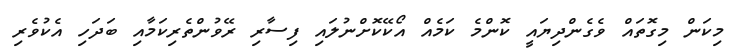
މިކަން މިގޮތައް ވެގެންދިޔައީ ކޮންމެ ކަމެއް އޯކޭކޮށްނުލައި ފިސާރި ރޭވުންތެރިކަމާއި ބަދަހި އެކުވެރި